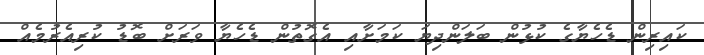
ކައިރިން ޑެހެޔާގެ ކުޅުން ބަލަންދިޔަ ކަމަށާއި އެގޮތުން ޑެހެޔާ ވަރަށް ބޮޑު ކުރިއެރުމެއް